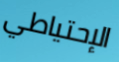
الإحتياطي